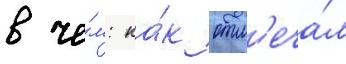
в че́м: ка́к отм'еча́л